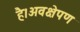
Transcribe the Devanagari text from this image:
है।अवक्षेपण